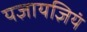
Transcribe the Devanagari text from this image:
यज्ञायज्ञियं